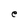
Character: e